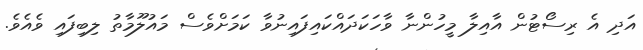
އަދި އެ ރިސޯޓުން އާއިލާ މީހުންނާ ވާހަކަދައްކައިފައިނުވާ ކަމަށްވެސް މައުލޫމާތު ލިބިފައި ވެއެވެ.